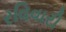
રવિવારી